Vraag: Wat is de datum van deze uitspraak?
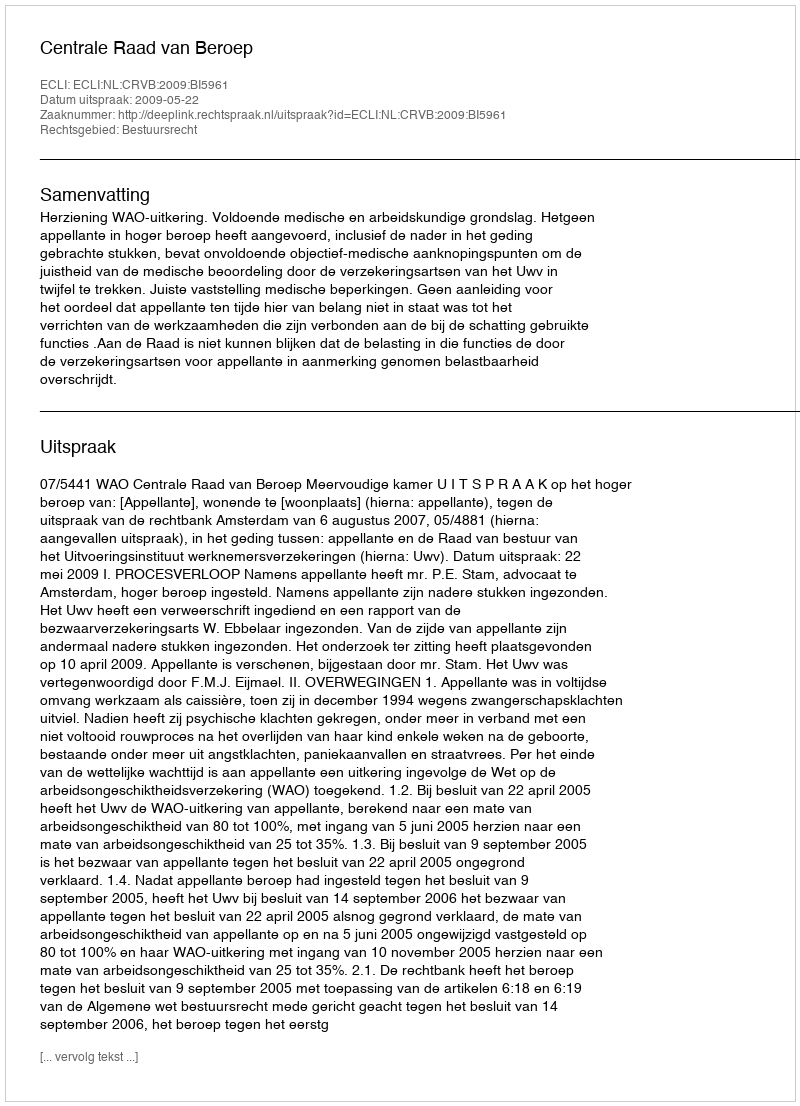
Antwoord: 2009-05-22